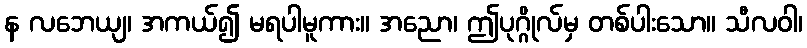
န လဘေယျ၊ အကယ်၍ မရပါမူကား။ အညော၊ ဤပုဂ္ဂိုလ်မှ တစ်ပါးသော။ သီလဝါ၊